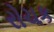
રોચક